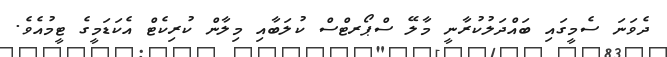
ދެވަަނަ ސެމީގައި ބައްދަލުކުރާނީ މާލޭ ސްޕޯރޓްސް ކުލަބާއި މިލާން ކުރިކެޓް އެކަޑަމީގެ ޓީމުއެވެ.